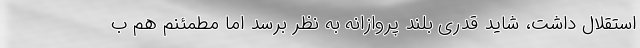
استقلال داشت، شاید قدری بلند پروازانه به نظر برسد اما مطمئنم هم ب